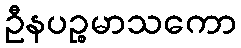
ဦနပဉ္စမာသကော